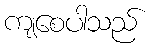
ကျစေပါသည်